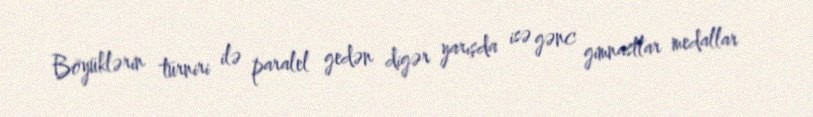
Böyüklərin turniri ilə paralel gedən digər yarışda isə gənc gimnastlar medallar